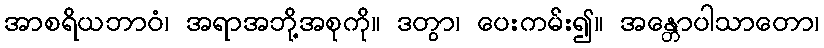
အာစရိယဘာဝံ၊ အရာအဘို့အစုကို။ ဒတွာ၊ ပေးကမ်း၍။ အန္တောပါသာတော၊